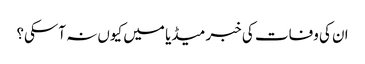
ان کی وفات کی خبر میڈیا میں کیوں نہ آسکی؟